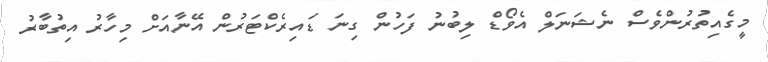
މީގެއިތުރުންވެސް ނެޝަނަލް އެވޯޑް ލިބުނު ފަހުން ގިނަ ޑައިރެކްޓަރުން އޭނާއަށް މިހާރު އިތުބާރު